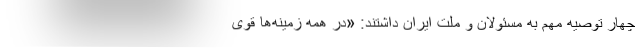
چهار توصیه مهم به مسئولان و ملت ایران داشتند: «در همه زمینه‌ها قوی